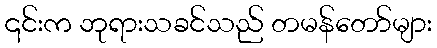
၎င်းက ဘုရားသခင်သည် တမန်တော်များ